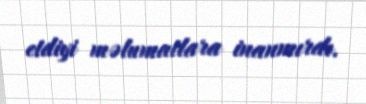
etdiyi məlumatlara inanmırdı.